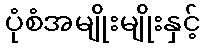
ပုံစံအမျိုးမျိုးနှင့်